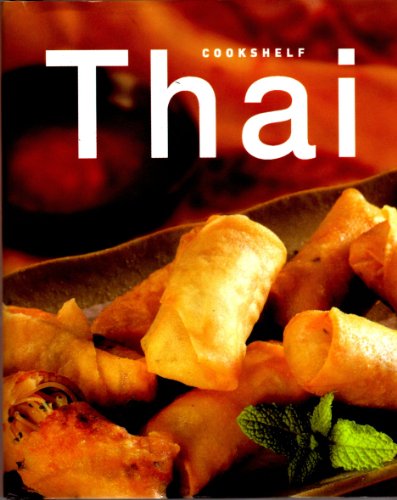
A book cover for Thai (Cookshelf); Christine France; Cookbooks, Food & Wine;